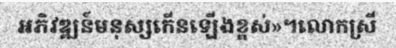
អភិវឌ្ឍន៍មនុស្សកើនឡើងខ្ពស់»។លោកស្រី